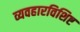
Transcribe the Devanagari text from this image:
व्यवहारविशिष्ट